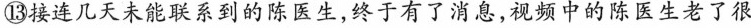
⑬接连几天来他联系到的陈医生，终于有了消息，视频中的陈医生老了很